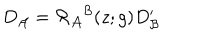
D _ { { \cal A } } = { \cal R } _ { { \cal A } } { } ^ { { \cal B } } ( z ; g ) D _ { { \cal B } } ^ { \prime }